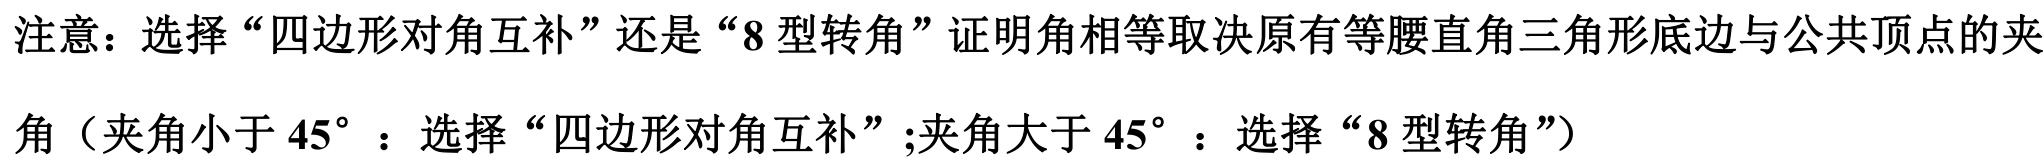
注意：选择“四边形对角互补”还是“\(8\)型转角”证明角相等取决原有等腰直角三角形底边与公共顶点的夹
角（夹角小于 \(45^{\circ}\) ：选择“四边形对角互补”;夹角大于 \(45^{\circ}\) ：选择“\(8\)型转角”）